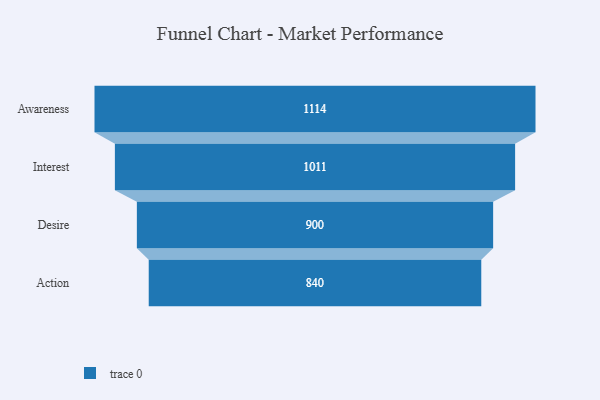
{"axis": {"x": "Stage", "y": "Value"}, "legend": [""], "data": [{"x": "Awareness", "y": 1114.0, "type": ""}, {"x": "Interest", "y": 1011.0, "type": ""}, {"x": "Desire", "y": 900.0, "type": ""}, {"x": "Action", "y": 840.0, "type": ""}]}